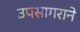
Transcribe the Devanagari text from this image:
उपसागराने